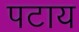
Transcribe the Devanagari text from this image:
पटाय